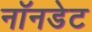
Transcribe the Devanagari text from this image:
नॉनडेट